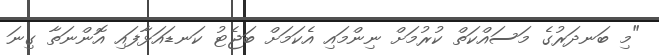
"މި ބަނދަރުގެ މަސައްކަތް ކުރުމަށް ނިންމައި އެކަމަށް ބަޖެޓު ކަނޑައަޅާފައި އޮންނަތާ ގިނަ